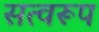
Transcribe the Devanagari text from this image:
सत्वरूप